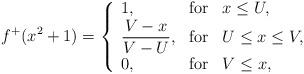
LaTeX: \begin{align*}f^+(x^2 +1) = \left\{ \begin{array}{lcl}1, & \mbox{for} & x \leq U, \\ \displaystyle \frac{V-x}{V-U}, & \mbox{for} & U \leq x \leq V,\\ 0, & \mbox{for} & V \leq x,\end{array} \right. \end{align*}